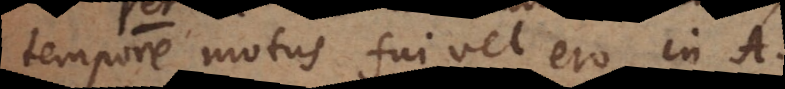
tempore motus fui vel ero in A.